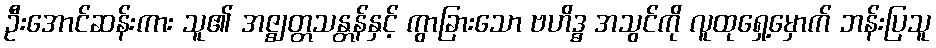
ဦးအောင်ဆန်းကား သူ၏ အဇ္ဈတ္တသန္တန်နှင့် ကွာခြားသော ဗဟိဒ္ဓ အသွင်ကို လူထုရှေ့မှောက် ဘန်းပြသူ